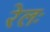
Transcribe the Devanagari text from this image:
रेलः